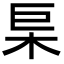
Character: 𭩢